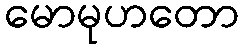
မောမုဟတော